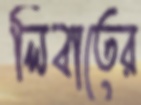
লিবাতের